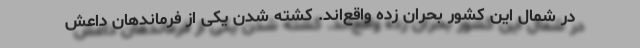
در شمال این کشور بحران زده واقع‌اند. کشته شدن یکی از فرماندهان داعش